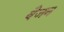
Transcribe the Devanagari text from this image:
बैजन